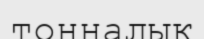
тонналық